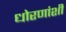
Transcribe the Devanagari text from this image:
धोरणांशी